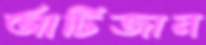
আর্টিজান